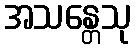
အသန္တေသု